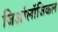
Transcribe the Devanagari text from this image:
जिऑलॉजिकल